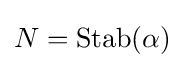
N={\text{Stab}}(\alpha )